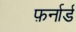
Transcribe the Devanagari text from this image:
फ़र्नार्ड